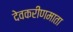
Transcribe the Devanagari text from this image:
देवकरीणमाता